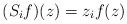
LaTeX: \begin{align*}(S_i f)(z) = z_i f(z)\end{align*}